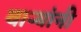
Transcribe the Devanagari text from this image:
वाऱ्यांनी